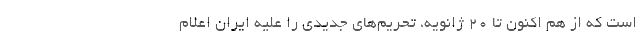
است كه از هم اكنون تا 20 ژانویه، تحریم‌های جدیدی را علیه ایران اعلام